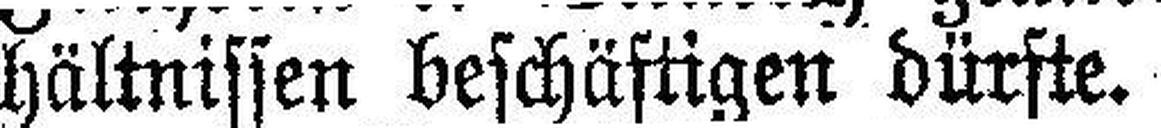
hältnissen beschästigen dürfte.